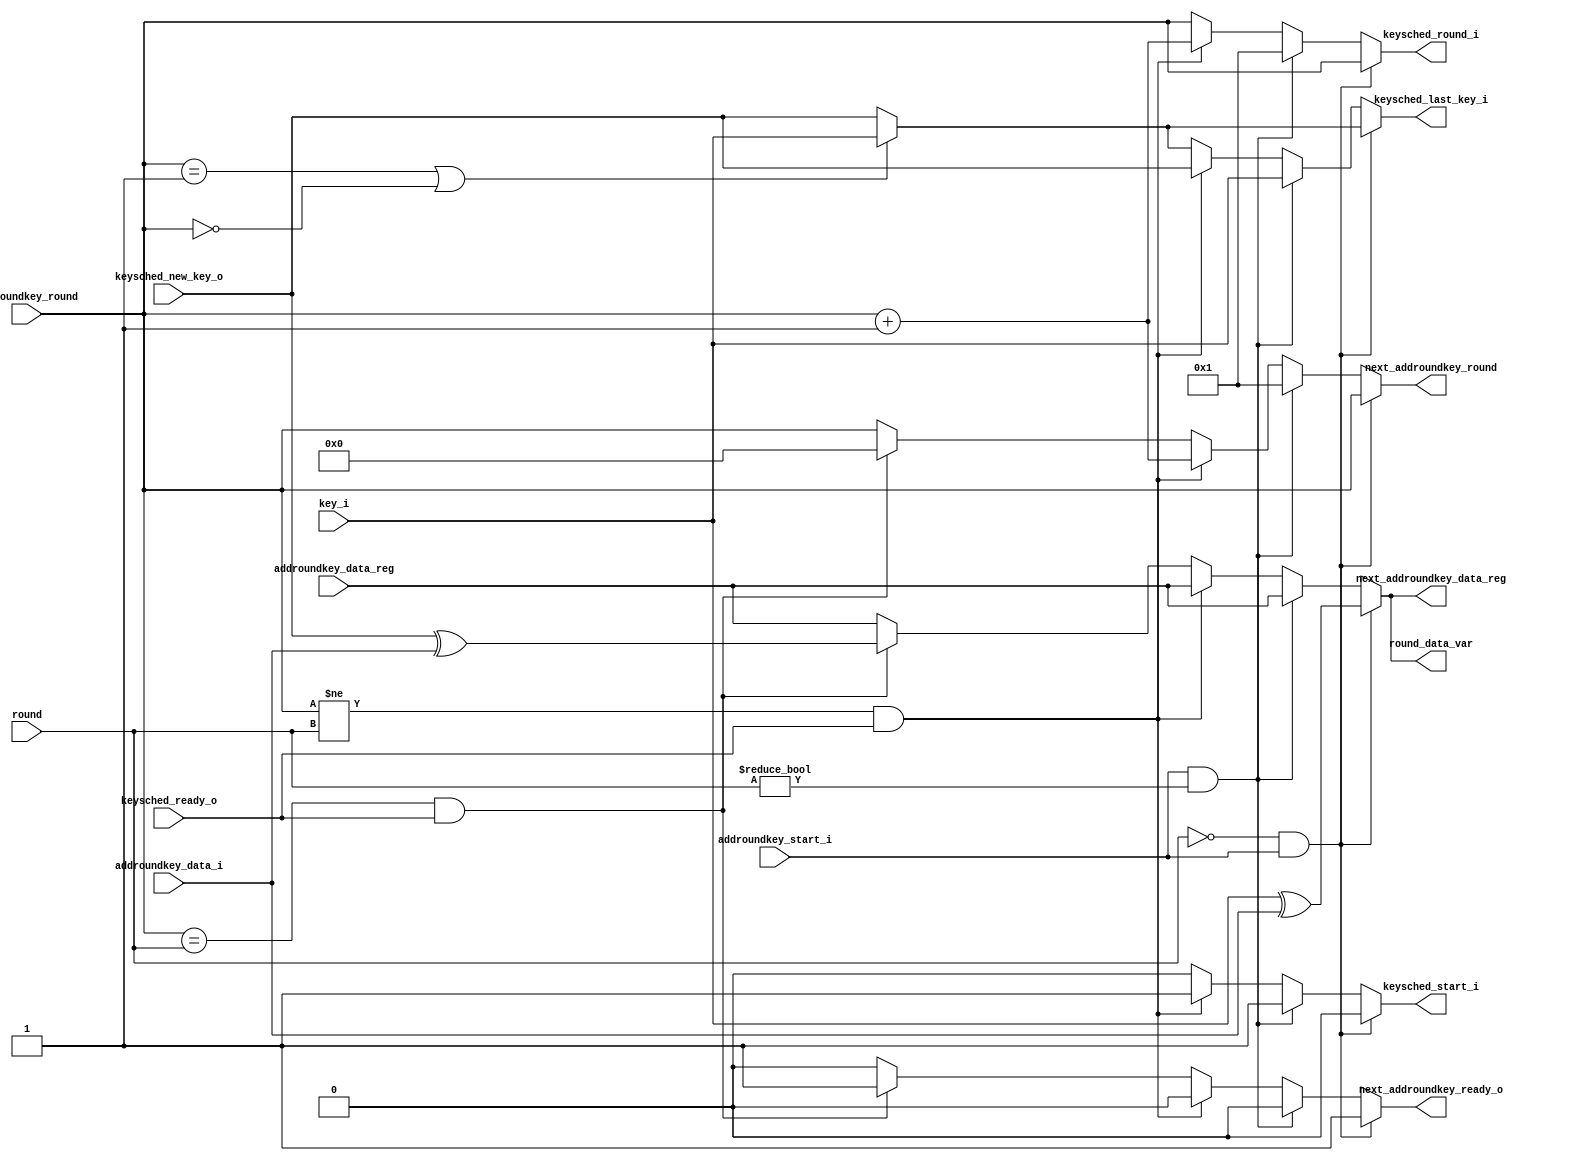
module aes(
	// inputs
	input [3:0] addroundkey_data_i,
	input [3:0] addroundkey_data_reg,
	input [3:0] addroundkey_round,
	input [3:0] key_i,
	input [3:0] keysched_new_key_o,
	input [3:0] round,
	input addroundkey_start_i,
	input keysched_ready_o,

	// outputs
	output reg [3:0] keysched_last_key_i,
	output reg [3:0] keysched_round_i,
	output reg [3:0] next_addroundkey_data_reg,
	output reg [3:0] next_addroundkey_round,
	output reg [3:0] round_data_var,
	output reg keysched_start_i,
	output reg next_addroundkey_ready_o
);

// temp variables
reg [3:0] data_var;
reg [3:0] round_key_var;

always @*
begin
	keysched_start_i = 0;
	keysched_round_i = addroundkey_round;
	round_data_var = addroundkey_data_reg;
	next_addroundkey_data_reg = addroundkey_data_reg;
	next_addroundkey_ready_o = 0;
	next_addroundkey_round = addroundkey_round;

	if (addroundkey_round == 1 || addroundkey_round == 0)
		keysched_last_key_i = key_i;
	else
		keysched_last_key_i = keysched_new_key_o;

	if (round == 0 && addroundkey_start_i)
	begin
		data_var = addroundkey_data_i;
		round_key_var = key_i;
		round_data_var = round_key_var ^ data_var;
		next_addroundkey_data_reg = round_data_var;
		next_addroundkey_ready_o = 1;
	end
	else if (addroundkey_start_i && round != 0)
	begin
		keysched_last_key_i = key_i;
		keysched_start_i = 1;
		keysched_round_i = 1;
		next_addroundkey_round = 1;
	end
	else if (addroundkey_round != round && keysched_ready_o)
	begin
		next_addroundkey_round = addroundkey_round + 1;
		keysched_last_key_i = keysched_new_key_o;
		keysched_start_i = 1;
		keysched_round_i = addroundkey_round + 1;
	end
	else if (addroundkey_round == round && keysched_ready_o)
	begin
		data_var = addroundkey_data_i;
		round_key_var = keysched_new_key_o;
		round_data_var = round_key_var ^ data_var;
		next_addroundkey_data_reg = round_data_var;
		next_addroundkey_ready_o = 1;
		next_addroundkey_round = 0;
	end
end

endmodule